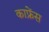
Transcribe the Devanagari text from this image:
काफ्रेंस